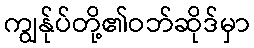
ကျွန်ုပ်တို့၏ဝဘ်ဆိုဒ်မှာ